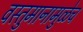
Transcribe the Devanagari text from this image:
वस्तुमानामुळेच